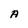
Character: A